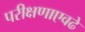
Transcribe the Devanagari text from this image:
परीक्षणाएवढे